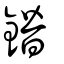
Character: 鐕